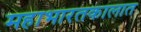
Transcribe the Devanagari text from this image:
महाभारतकालात